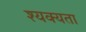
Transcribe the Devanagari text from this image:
श्यक्यता